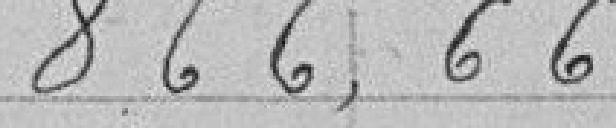
866,66